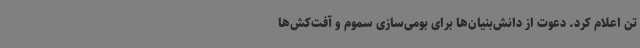
تن اعلام کرد. دعوت از دانش‌بنیان‌ها برای بومی‌سازی سموم و آفت‌کش‌ها